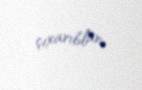
çıxarıblar.